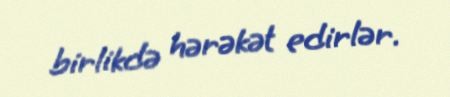
birlikdə hərəkət edirlər.